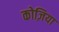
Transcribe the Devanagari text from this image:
कोज़िया